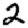
Digit: 2